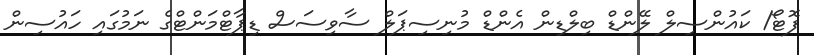
ފޮޓޯ/ ކައުންސިލް ލޭންޑް ބިލްޑިން އެންޑް މުނިސިޕަލް ސާވިސަސް ޑިޕާޓްމަންޓްގެ ނަމުގައި ހައުސިން